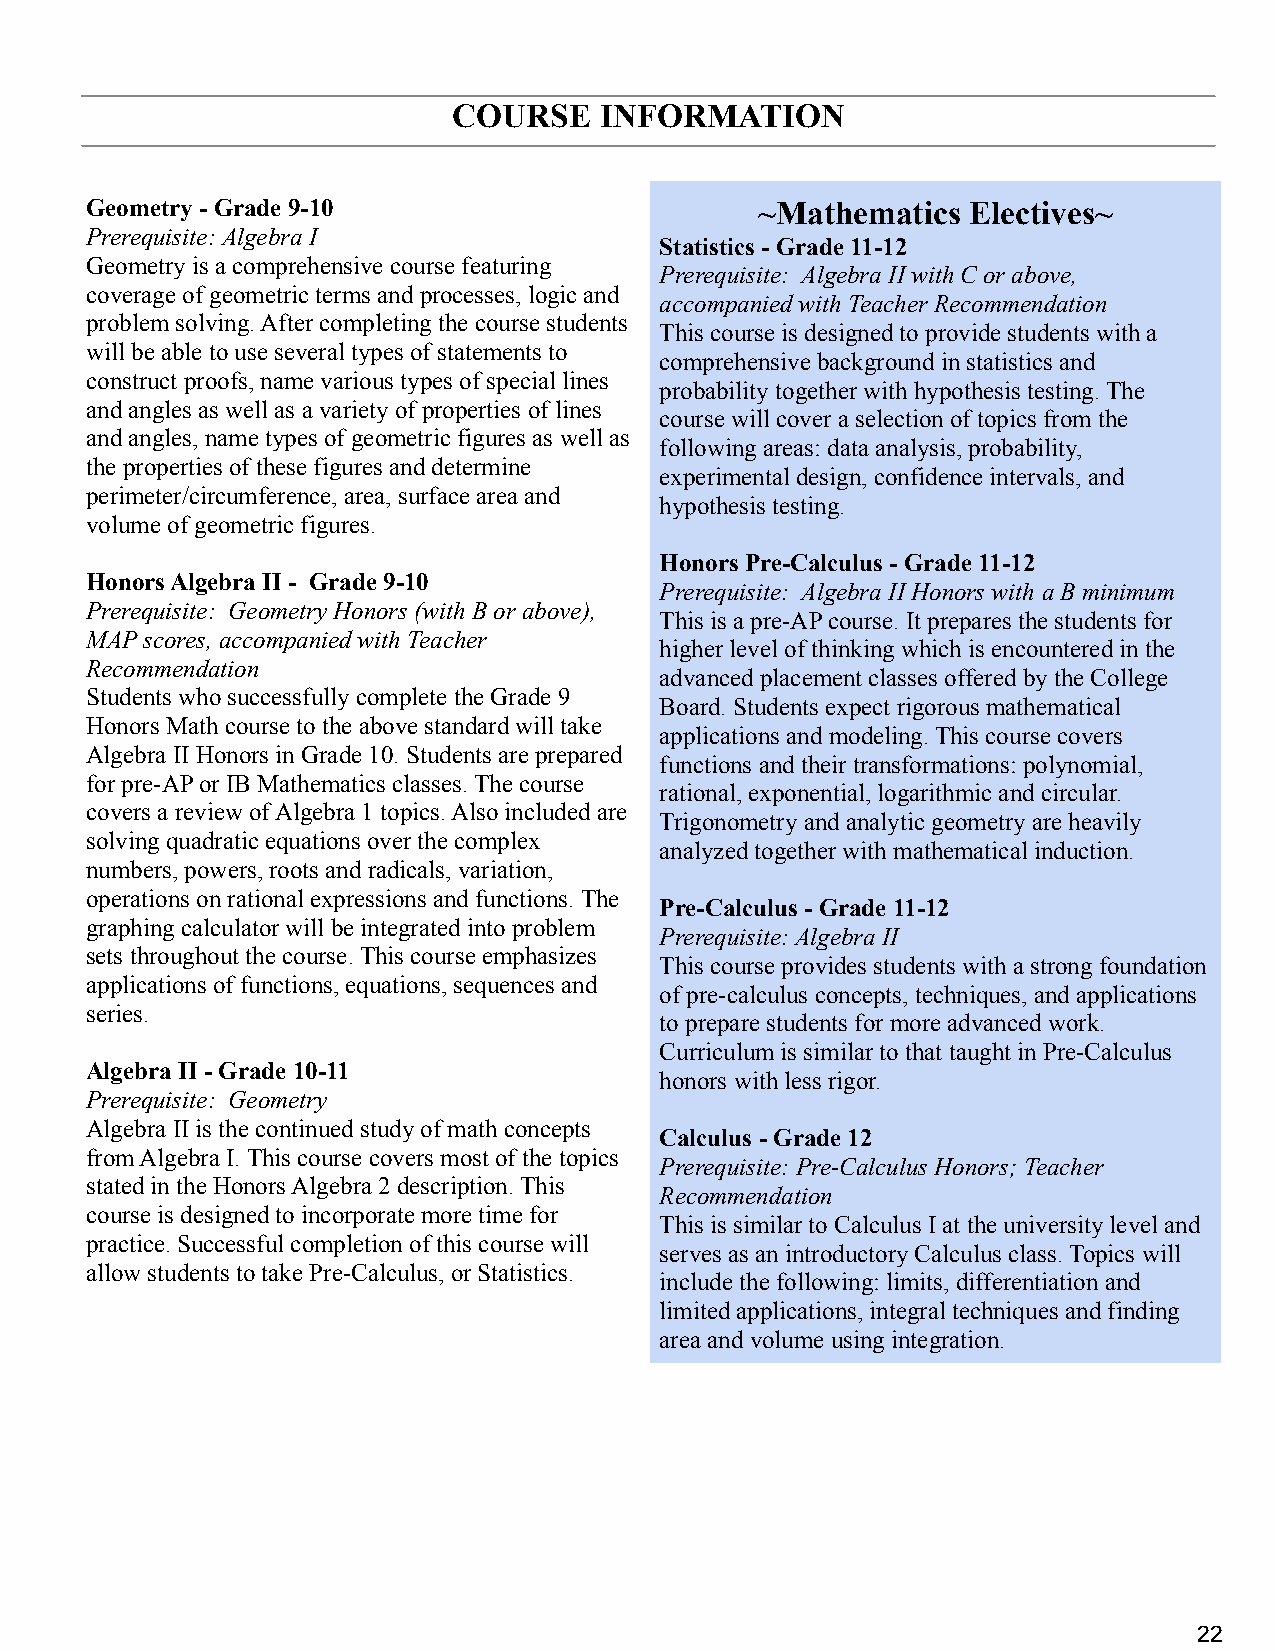
COURSE    INFORMATION
 Geometry - Grade 9-10                       ~Mathematics  Electives~
 Prerequisite: Algebra I
 Statistics - Grade 11-12
 Geometry is a comprehensive course featuring
 Prerequisite: Algebra II with C or above,
 coverage of geometric terms and processes, logic and
 accompanied with Teacher Recommendation
 problem solving. After completing the course students
 This course is designed to provide students with a
 will be able to use several types of statements to
 comprehensive background in statistics and
 construct proofs, name various types of special lines
 probability together with hypothesis testing. The
 and angles as well as a variety of properties of lines
 course will cover a selection of topics from the
 and angles, name types of geometric figures as well as
 following areas: data analysis, probability,
 the properties of these figures and determine
 experimental design, confidence intervals, and
 perimeter/circumference, area, surface area and
 hypothesis testing.
 volume of geometric figures.
 Honors Pre-Calculus - Grade 11-12
 Honors Algebra II - Grade 9-10
 Prerequisite: Algebra II Honors with a B minimum
 Prerequisite: Geometry Honors (with B or above),
 This is a pre-AP course. It prepares the students for
 MAP scores, accompanied with Teacher
 higher level of thinking which is encountered in the
 Recommendation
 advanced placement classes offered by the College
 Students who successfully complete the Grade 9
 Board. Students expect rigorous mathematical
 Honors Math course to the above standard will take
 applications and modeling. This course covers
 Algebra II Honors in Grade 10. Students are prepared
 functions and their transformations: polynomial,
 for pre-AP or IB Mathematics classes. The course
 rational, exponential, logarithmic and circular.
 covers a review of Algebra 1 topics. Also included are
 Trigonometry and analytic geometry are heavily
 solving quadratic equations over the complex
 analyzed together with mathematical induction.
 numbers, powers, roots and radicals, variation,
 operations on rational expressions and functions. The
 Pre-Calculus - Grade 11-12
 graphing calculator will be integrated into problem
 Prerequisite: Algebra II
 sets throughout the course. This course emphasizes
 This course provides students with a strong foundation
 applications of functions, equations, sequences and
 of pre-calculus concepts, techniques, and applications
 series.
 to prepare students for more advanced work.
 Curriculum is similar to that taught in Pre-Calculus
 Algebra II - Grade 10-11
 honors with less rigor.
 Prerequisite: Geometry
 Algebra II is the continued study of math concepts
 Calculus - Grade 12
 from Algebra I. This course covers most of the topics
 Prerequisite: Pre-Calculus Honors; Teacher
 stated in the Honors Algebra 2 description. This
 Recommendation
 course is designed to incorporate more time for
 This is similar to Calculus I at the university level and
 practice. Successful completion of this course will
 serves as an introductory Calculus class. Topics will
 allow students to take Pre-Calculus, or Statistics.
 include the following: limits, differentiation and
 limited applications, integral techniques and finding
 area and volume using integration.
 22